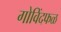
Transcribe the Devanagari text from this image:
गोविंदफळ